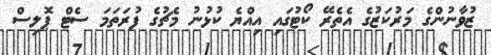
ޒުވާނުންގެ މަރުކަޒުގެ އެތެރޭ ކޯޓުގައި އިއްޔެ ކުޅުނު މެޗުގެ ފުރަތަމަ ސެޓް ޕޮލިސް